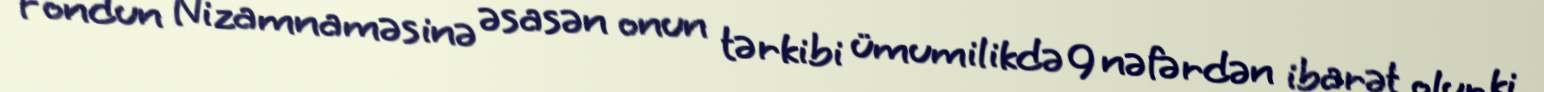
Fondun Nizamnaməsinə əsasən onun tərkibi ümumilikdə 9 nəfərdən ibarət olur ki,